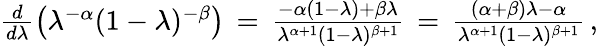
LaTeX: \begin{array}{r}{\frac{d}{d\lambda}\big(\lambda^{-\alpha}(1-\lambda)^{-\beta}\big)\, =\, \frac{-\alpha(1-\lambda)+\beta\lambda}{\lambda^{\alpha+1}(1-\lambda)^{\beta+1}}\, =\, \frac{(\alpha+\beta)\lambda-\alpha}{\lambda^{\alpha+1}(1-\lambda)^{\beta+1}}\, ,}\end{array}